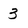
Character: 3